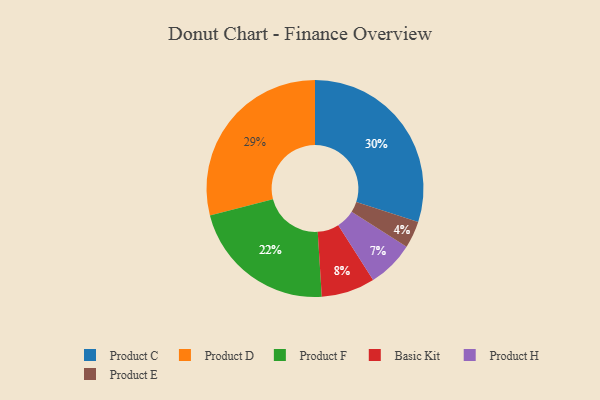
{"axis": {"x": "Category", "y": "Percentage"}, "legend": ["Basic Kit", "Product C", "Product D", "Product E", "Product F", "Product H"], "data": [{"x": "Product H", "y": 7, "type": "Product H"}, {"x": "Product D", "y": 29, "type": "Product D"}, {"x": "Product C", "y": 30, "type": "Product C"}, {"x": "Product F", "y": 22, "type": "Product F"}, {"x": "Basic Kit", "y": 8, "type": "Basic Kit"}, {"x": "Product E", "y": 4, "type": "Product E"}]}